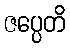
ဇပ္ပေတိ